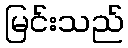
မြင်းသည်